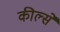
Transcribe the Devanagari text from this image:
कील्से